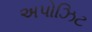
અપોઝિટ